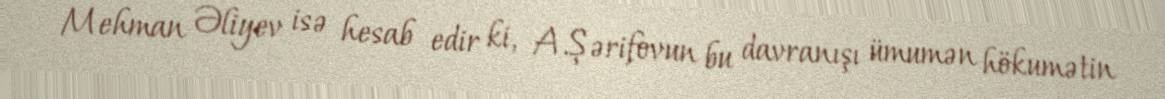
Mehman Əliyev isə hesab edir ki, A.Şərifovun bu davranışı ümumən hökumətin